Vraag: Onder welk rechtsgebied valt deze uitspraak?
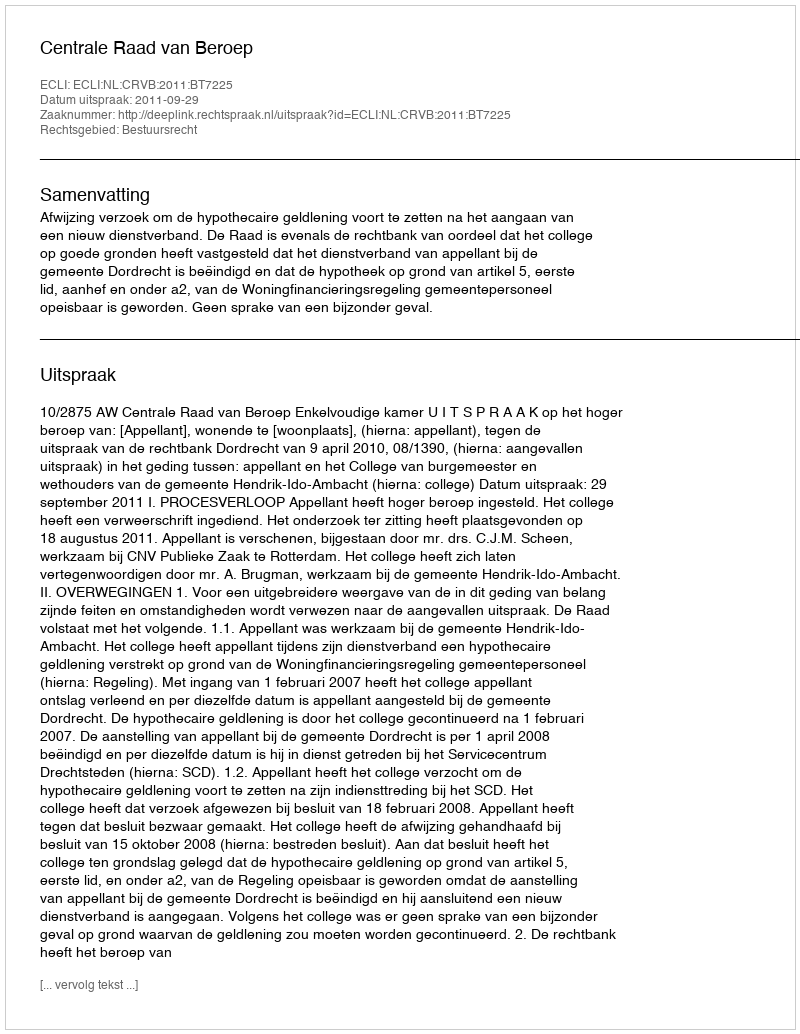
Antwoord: Bestuursrecht